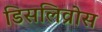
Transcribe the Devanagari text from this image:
डिसलिव्रोस